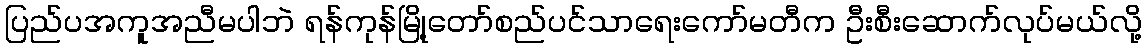
ပြည်ပအကူအညီမပါဘဲ ရန်ကုန်မြို့တော်စည်ပင်သာရေးကော်မတီက ဦးစီးဆောက်လုပ်မယ်လို့